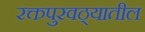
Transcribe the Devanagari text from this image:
रक्तपुरवठ्यातील